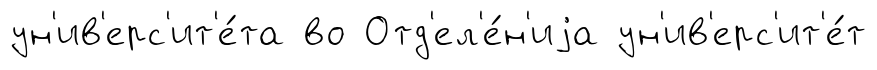
ун'ив'ерс'ит'е́та во Отд'ел'е́н'иjа ун'ив'ерс'ит'е́т